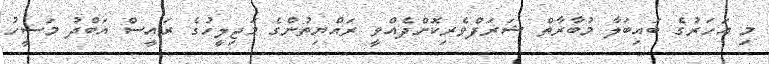
މި އަހަރުގެ ބައިބަލާ މުބާރާތް ޝަރަފްވެރިކޮށްދެއްވީ ރައްޔިތުންގެ މަޖިލީހުގެ ރައީސް އަބްދު މަސީހު